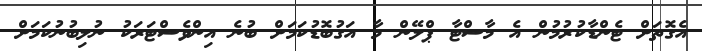
އެގޮތަށް ޓެންޑާކުރުމުން އެ މާސްޓާ ޕްލޭން މާ އަގުބޮޑުކަމަށް ބުނެ އިންވެސްޓަރަކު ނުލިބުނުކަމަށް